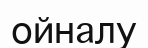
ойналу